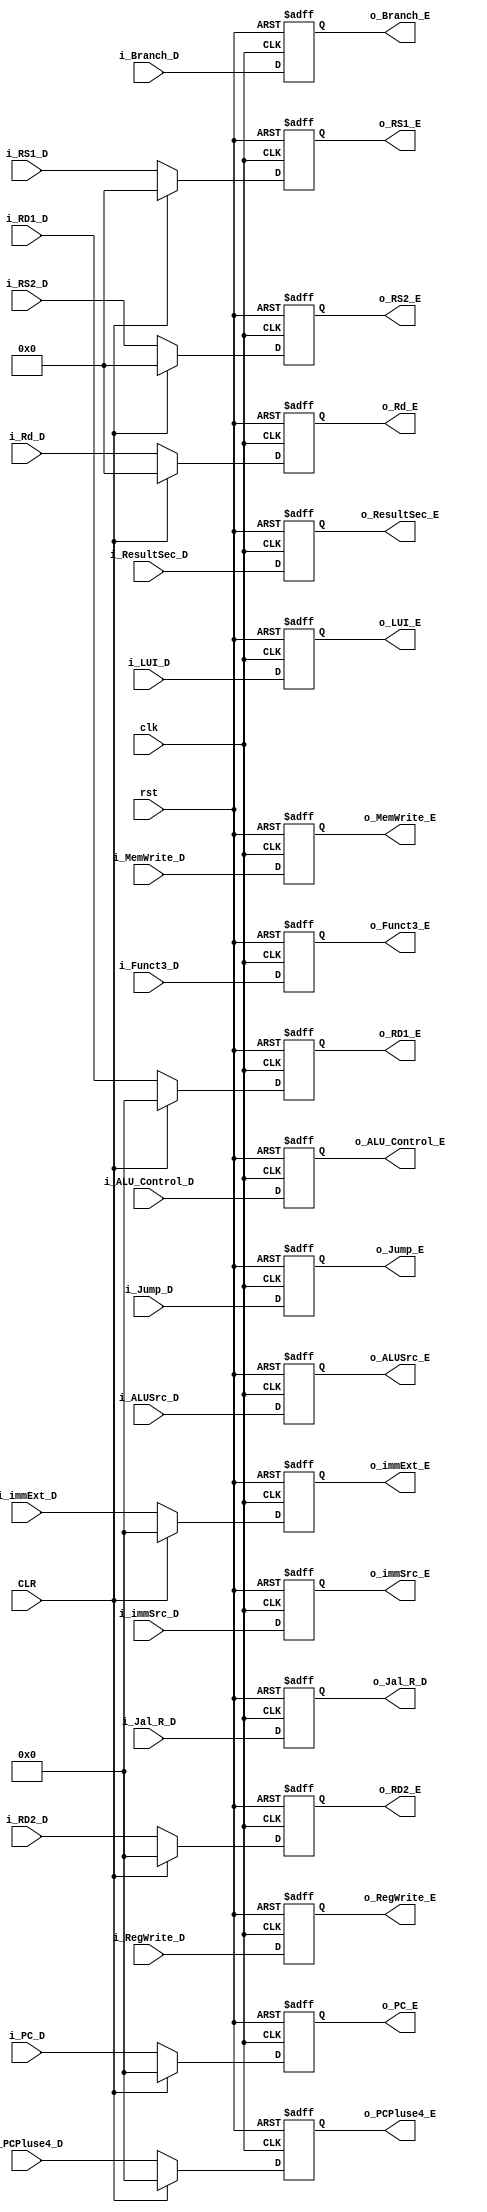
module ID_IE_PR #(
    parameter   RD_Data_Width='d32,
                PC_Width ='d32,
                immext_width='d32,
                RS1_D_Width ='d5



) (
    input   wire                            clk,
    input   wire                            rst,
    input   wire                            CLR,
    input   wire    [RD_Data_Width-1:0]     i_RD1_D,
    input   wire    [RD_Data_Width-1:0]     i_RD2_D,
    input   wire    [PC_Width-1:0]          i_PC_D,
    input   wire    [RS1_D_Width-1:0]       i_RS1_D,
    input   wire    [RS1_D_Width-1:0]       i_RS2_D,
    input   wire    [RS1_D_Width-1:0]       i_Rd_D,
    input   wire    [immext_width-1:0]      i_immExt_D, 
    input   wire    [PC_Width-1:0]          i_PCPluse4_D,
    input   wire    [2:0]                   i_Funct3_D,


    // Control signal 
    input  wire                             i_RegWrite_D,
    input  wire      [1:0]                  i_ResultSec_D,
    input  wire                             i_MemWrite_D,
    input  wire                             i_Jump_D,
    input  wire                             i_Branch_D,
    input  wire                             i_ALUSrc_D,
    input  wire      [2:0]                  i_immSrc_D,
    input  wire      [3:0]                  i_ALU_Control_D,
    input  wire                             i_Jal_R_D,
    input  wire                             i_LUI_D,



     output  reg                             o_RegWrite_E,
     output  reg      [1:0]                  o_ResultSec_E,
     output  reg                             o_MemWrite_E,
     output  reg                             o_Jump_E,
     output  reg                             o_Branch_E,
     output  reg                             o_ALUSrc_E,
     output  reg      [2:0]                  o_immSrc_E,
     output  reg      [3:0]                  o_ALU_Control_E,
     output  reg                             o_Jal_R_D,
     output  reg                             o_LUI_E,



    output   reg    [RD_Data_Width-1:0]     o_RD1_E,
    output   reg    [RD_Data_Width-1:0]     o_RD2_E,
    output   reg    [PC_Width-1:0]          o_PC_E,
    output   reg    [RS1_D_Width-1:0]       o_RS1_E,
    output   reg    [RS1_D_Width-1:0]       o_RS2_E,
    output   reg    [RS1_D_Width-1:0]       o_Rd_E,
    output   reg    [immext_width-1:0]      o_immExt_E, 
    output   reg    [PC_Width-1:0]          o_PCPluse4_E,

    output   reg    [2:0]                   o_Funct3_E




    

    

);

// EN  is Stall CTRL 
// CLR is Flush CTRL
always @(posedge clk or negedge rst) begin
    if(!rst)
    begin
        o_RD1_E         <='b0;
        o_RD2_E         <='b0;
        o_PC_E          <='b0;
        o_RS1_E         <='b0;
        o_RS2_E         <='b0;
        o_Rd_E          <='b0;
        o_immExt_E      <='b0;
        o_PCPluse4_E    <='b0;

    end
    else if (CLR) begin
        o_RD1_E         <='b0;
        o_RD2_E         <='b0;
        o_PC_E          <='b0;
        o_RS1_E         <='b0;
        o_RS2_E         <='b0;
        o_Rd_E          <='b0;
        o_immExt_E      <='b0;
        o_PCPluse4_E    <='b0;

    end
    else begin
        o_RD1_E         <=i_RD1_D;
        o_RD2_E         <=i_RD2_D;
        o_PC_E          <=i_PC_D;
        o_RS1_E         <=i_RS1_D;
        o_RS2_E         <=i_RS2_D;
        o_Rd_E          <=i_Rd_D;
        o_immExt_E      <=i_immExt_D;
        o_PCPluse4_E    <=i_PCPluse4_D;
    end
end



// Control 
always @(posedge clk or negedge rst) begin
    if(!rst)
    begin
        o_RegWrite_E    <='b0;
        o_ResultSec_E   <='b0;
        o_MemWrite_E    <='b0;
        o_Jump_E        <='b0;
        o_Branch_E      <='b0;
        o_ALUSrc_E      <='b0;
        o_immSrc_E      <='b0;
        o_ALU_Control_E <='b0;
        o_Jal_R_D       <='b0;
        o_Funct3_E      <='b0;
        o_LUI_E         <='b0;

    end
    else begin
        o_RegWrite_E        <=i_RegWrite_D   ;
        o_ResultSec_E       <=i_ResultSec_D  ;
        o_MemWrite_E        <=i_MemWrite_D   ;
        o_Jump_E            <=i_Jump_D       ;
        o_Branch_E          <=i_Branch_D     ;
        o_ALUSrc_E          <=i_ALUSrc_D     ;
        o_immSrc_E          <=i_immSrc_D     ;
        o_ALU_Control_E     <=i_ALU_Control_D;
        o_Jal_R_D           <=i_Jal_R_D;
        o_Funct3_E          <=i_Funct3_D     ;
        o_LUI_E             <=i_LUI_D;
    end
end



    
endmodule